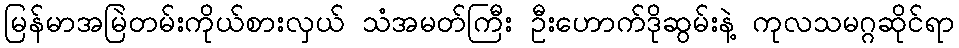
မြန်မာအမြဲတမ်းကိုယ်စားလှယ် သံအမတ်ကြီး ဦးဟောက်ဒိုဆွမ်းနဲ့ ကုလသမဂ္ဂဆိုင်ရာ